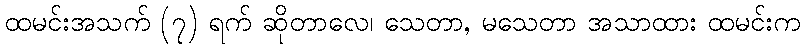
ထမင်းအသက် (၇) ရက် ဆိုတာလေ၊ သေတာ, မသေတာ အသာထား ထမင်းက